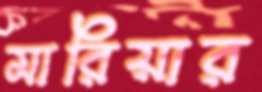
মারিয়ার